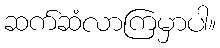
ဆက်ဆံလာကြမှာပါ။